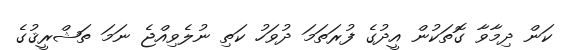
ކަން ދިމާވާ ގޮތަކުން އީދުގެ ފުރަތަމަ ދުވަހު ކަތި ނުލެވިއްޖެ ނަމަ ތަޝްރީޤުގެ